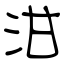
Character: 泔